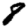
Digit: 8